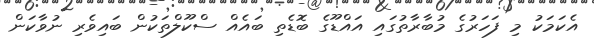
އެކަމަކު މި ފަހަރުގެ މުބާރާތުގައި އައްޑޫގެ ބޮޑެތި ބައެއް ސްކޫލްތަކުން ބައިވެރި ނުވާކަން